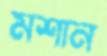
মশান